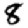
Digit: 8